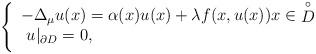
LaTeX: \begin{align*}\left\{\begin{array}{l}-\Delta_{\mu} u(x)=\alpha(x)u(x)+\lambda f(x,u(x))x \in \mathop D\limits^ \circ\\\medskip\,\, u|_{\partial D}=0,\end{array}\right.\end{align*}